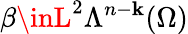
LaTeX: \beta\inL^{2}\Lambda^{n-\mathbf{k}}(\Omega)